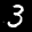
Label: 3